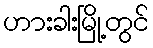
ဟားခါးမြို့တွင်